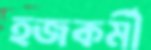
হজকর্মী